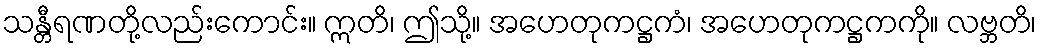
သန္တီရဏတို့လည်းကောင်း။ ဣတိ၊ ဤသို့။ အဟေတုကဋ္ဌကံ၊ အဟေတုကဋ္ဌကကို။ လဗ္ဘတိ၊